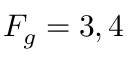
F _ { g } = 3 , 4